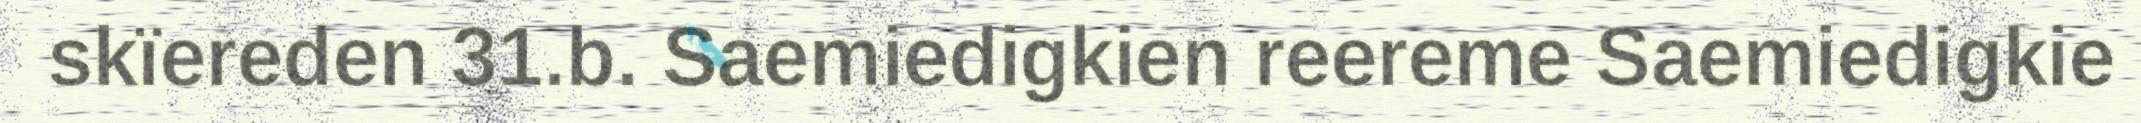
skïereden 31.b. Saemiedigkien reereme Saemiedigkie